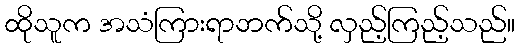
ထိုသူက အသံကြားရာဘက်သို့ လှည့်ကြည့်သည်။